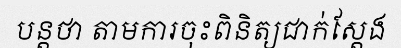
បន្តថា តាមការចុះពិនិត្យជាក់ស្តែង